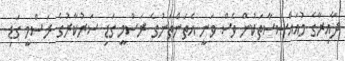
ދާއިރާގެ މުއައްސަސާތަކުން ވެސް ވަނީ އެތަންތަނުގެ ރަސްމީ ގަޑި ސަރުކާރުގެ ރަސްމީ ގަޑި